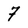
Character: 7